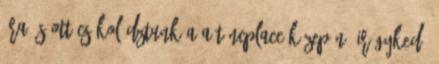
óra és ott csókolództunk a a táncplacc közepén, irígykedő